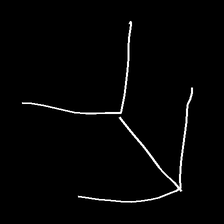
Glyph: gather